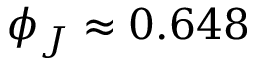
\phi _ { J } \approx 0 . 6 4 8